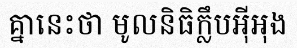
គ្នានេះថា មូលនិធិក្លឹបអ៊ីអុង